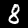
Digit: 8